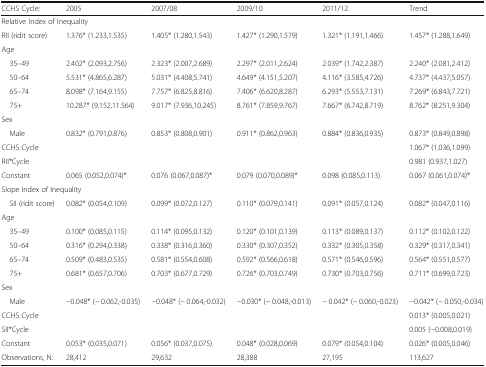
<table><thead><tr><td><b>CCHS Cycle:</b></td><td><b>2005</b></td><td><b>2007/08</b></td><td><b>2009/10</b></td><td><b>2011/12</b></td><td><b>Trend</b></td></tr></thead><tbody><tr><td colspan="6">Relative Index of Inequality</td></tr><tr><td>RII (ridit score)</td><td>1.376* (1.233,1.535)</td><td>1.405* (1.280,1.543)</td><td>1.427* (1.290,1.579)</td><td>1.321* (1.191,1.466)</td><td>1.457* (1.288,1.649)</td></tr><tr><td colspan="6">Age</td></tr><tr><td> 35–49</td><td>2.402* (2.093,2.756)</td><td>2.323* (2.007,2.689)</td><td>2.297* (2.011,2.624)</td><td>2.039* (1.742,2.387)</td><td>2.240* (2.081,2.412)</td></tr><tr><td> 50–64</td><td>5.531* (4.865,6.287)</td><td>5.031* (4.408,5.741)</td><td>4.649* (4.151,5.207)</td><td>4.116* (3.585,4.726)</td><td>4.737* (4.437,5.057)</td></tr><tr><td> 65–74</td><td>8.098* (7.164,9.155)</td><td>7.757* (6.825,8.816)</td><td>7.406* (6.620,8.287)</td><td>6.293* (5.553,7.131)</td><td>7.269* (6.843,7.721)</td></tr><tr><td> 75+</td><td>10.287* (9.152,11.564)</td><td>9.017* (7.936,10.245)</td><td>8.761* (7.859,9.767)</td><td>7.667* (6.742,8.719)</td><td>8.762* (8.251,9.304)</td></tr><tr><td colspan="6">Sex</td></tr><tr><td> Male</td><td>0.832* (0.791,0.876)</td><td>0.853* (0.808,0.901)</td><td>0.911* (0.862,0.963)</td><td>0.884* (0.836,0.935)</td><td>0.873* (0.849,0.898)</td></tr><tr><td>CCHS Cycle</td><td></td><td></td><td></td><td></td><td>1.067* (1.036,1.099)</td></tr><tr><td>RII*Cycle</td><td></td><td></td><td></td><td></td><td>0.981 (0.937,1.027)</td></tr><tr><td>Constant</td><td>0.065 (0.052,0.074)*</td><td>0.076 (0.067,0.087)*</td><td>0.079 (0.070,0.089)*</td><td>0.098 (0.085,0.113)</td><td>0.067 (0.061,0.074)*</td></tr><tr><td colspan="6">Slope Index of Inequality</td></tr><tr><td> SII (ridit score)</td><td>0.082* (0.054,0.109)</td><td>0.099* (0.072,0.127)</td><td>0.110* (0.079,0.141)</td><td>0.091* (0.057,0.124)</td><td>0.082* (0.047,0.116)</td></tr><tr><td colspan="6">Age</td></tr><tr><td> 35–49</td><td>0.100* (0.085,0.115)</td><td>0.114* (0.095,0.132)</td><td>0.120* (0.101,0.139)</td><td>0.113* (0.089,0.137)</td><td>0.112* (0.102,0.122)</td></tr><tr><td> 50–64</td><td>0.316* (0.294,0.338)</td><td>0.338* (0.316,0.360)</td><td>0.330* (0.307,0.352)</td><td>0.332* (0.305,0.358)</td><td>0.329* (0.317,0.341)</td></tr><tr><td> 65–74</td><td>0.509* (0.483,0.535)</td><td>0.581* (0.554,0.608)</td><td>0.592* (0.566,0.618)</td><td>0.571* (0.546,0.596)</td><td>0.564* (0.551,0.577)</td></tr><tr><td> 75+</td><td>0.681* (0.657,0.706)</td><td>0.703* (0.677,0.729)</td><td>0.726* (0.703,0.749)</td><td>0.730* (0.703,0.756)</td><td>0.711* (0.699,0.723)</td></tr><tr><td colspan="6">Sex</td></tr><tr><td> Male</td><td>−0.048* (− 0.062,-0.035)</td><td>−0.048* (− 0.064,-0.032)</td><td>−0.030* (− 0.048,-0.013)</td><td>− 0.042* (− 0.060,-0.023)</td><td>−0.042* (− 0.050,-0.034)</td></tr><tr><td>CCHS Cycle</td><td></td><td></td><td></td><td></td><td>0.013* (0.005,0.021)</td></tr><tr><td>SII*Cycle</td><td></td><td></td><td></td><td></td><td>0.005 (−0.008,0.019)</td></tr><tr><td>Constant</td><td>0.053* (0.035,0.071)</td><td>0.056* (0.037,0.075)</td><td>0.048* (0.028,0.069)</td><td>0.079* (0.054,0.104)</td><td>0.026* (0.005,0.046)</td></tr><tr><td>Observations, N:</td><td>28,412</td><td>29,632</td><td>28,388</td><td>27,195</td><td>113,627</td></tr></tbody></table>